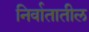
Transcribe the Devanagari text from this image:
निर्वातातील